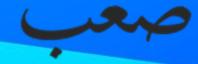
صعب